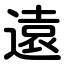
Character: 遠